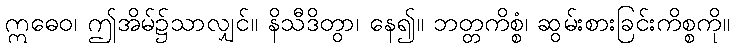
ဣဓေဝ၊ ဤအိမ်၌သာလျှင်။ နိသီဒိတွာ၊ နေ၍။ ဘတ္တကိစ္စံ၊ ဆွမ်းစားခြင်းကိစ္စကို။